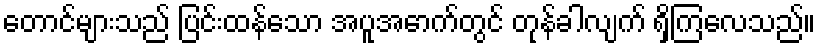
တောင်များသည် ပြင်းထန်သော အပူအောက်တွင် တုန်ခါလျက် ရှိကြလေသည်။